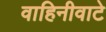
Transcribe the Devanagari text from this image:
वाहिनीवाटे